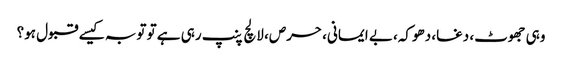
وہی جھوٹ، دغا، دھوکہ، بے ایمانی، حرص، لالچ پنپ رہی ہے تو توبہ کیسے قبول ہو؟